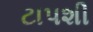
ટાપશી